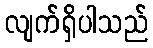
လျက်ရှိပါသည်